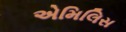
એમિલિસ